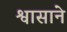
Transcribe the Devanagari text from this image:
श्वासाने